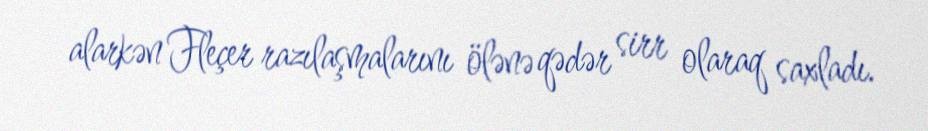
alarkən Fleçer razılaşmalarını ölənə qədər sirr olaraq saxladı.